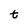
Character: t